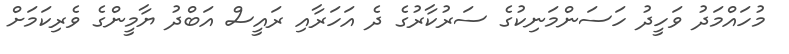
މުހައްމަދު ވަހީދު ހަސަންމަނިކުގެ ސަރުކާރުގެ ދެ އަހަރާއި ރައީސް އަބްދު ޔާމީންގެ ވެރިކަމަށް